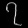
Digit: ၇